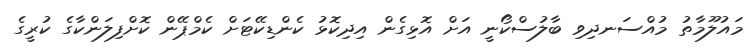
މައުލޫމާތު މުއްސަނދިވި ބާލުސްކޯނީ އަށް އޮޅިގެން އިދިކޮޅު ކެންޑިކޭޓަށް ކެމްޕޭން ކޮށްފިލަންކާގެ ކުރީގެ